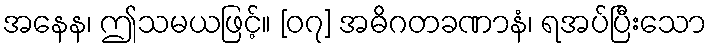
အနေန၊ ဤသမယဖြင့်။ [၀၇] အဓိဂတခဏာနံ၊ ရအပ်ပြီးသော